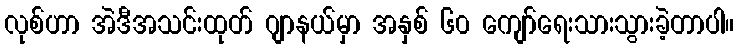
လုစ်ဟာ အဲဒီအသင်းထုတ် ဂျာနယ်မှာ အနှစ် ၆၀ ကျော်ရေးသားသွားခဲ့တာပါ။